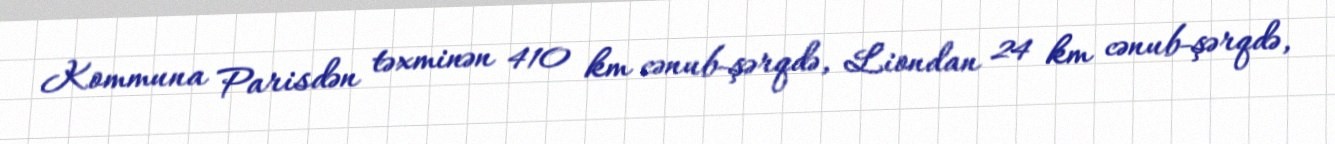
Kommuna Parisdən təxminən 410 km cənub-şərqdə, Liondan 24 km cənub-şərqdə,